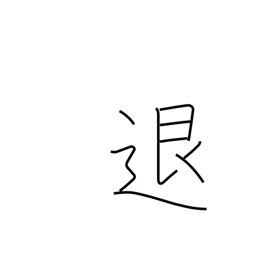
Meaning: repel